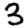
Digit: 3